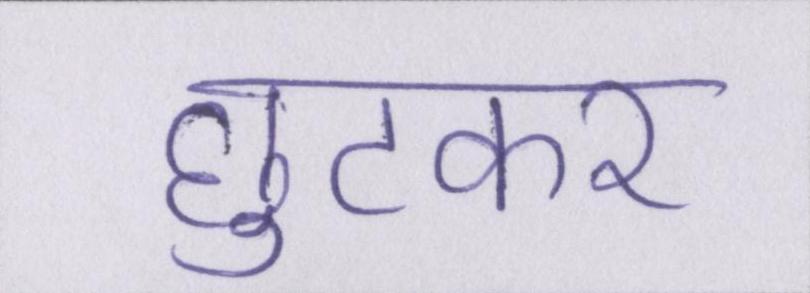
छुटकर